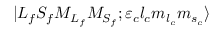
\ensuremath { \vert { L } _ { f } { S } _ { f } { M } _ { { L } _ { f } } { M } _ { { S } _ { f } } ; { \varepsilon } _ { c } { l } _ { c } { m } _ { { l } _ { c } } { m } _ { { s } _ { c } } \rangle }